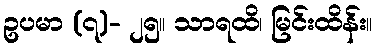
ဥပမာ (၇)- ၂၅။ သာရထိ၊ မြင်းထိန်း။